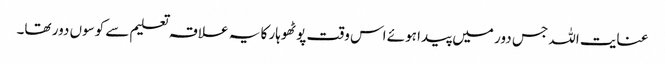
عنایت اللہ جس دور میں پیدا ہوئے اس وقت پوٹھوہار کا یہ علاقہ تعلیم سے کوسوں دور تھا۔